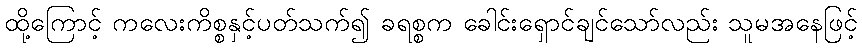
ထို့ကြောင့် ကလေးကိစ္စနှင့်ပတ်သက်၍ ခရစ္စက ခေါင်းရှောင်ချင်သော်လည်း သူမအနေဖြင့်